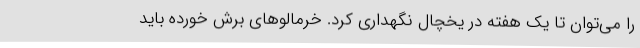
را می‌توان تا یک هفته در یخچال نگهداری کرد. خرمالوهای برش خورده باید